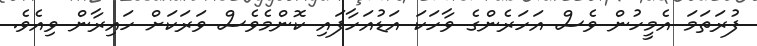
ފުރަތަމަ އެމީހުން ވެސް އަހަރެންގެ ވާހަކަ އަޑުއަހާފައި ކޮންމެވެސް ވަރަކަށް ހައިރާން ވިއެވެ.